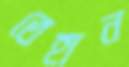
তেহান